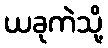
ယခုကဲသို့